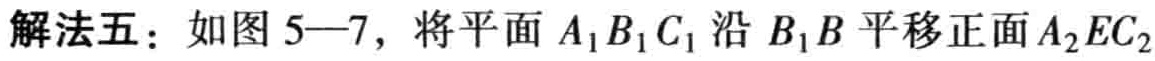
解法五：如图 5—7，将平面 \(A_{1}B_{1}C_{1}\) 沿 \(B_{1}B\) 平移正面 \(A_{2}EC_{2}\)